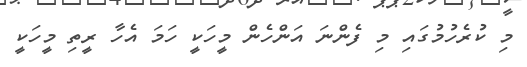
މި ކުރެހުމުގައި މި ފެންނަ އަންހެން މީހަކީ ހަމަ އެހާ ރީތި މީހަކީ